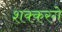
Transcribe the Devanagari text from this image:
शक्करगे